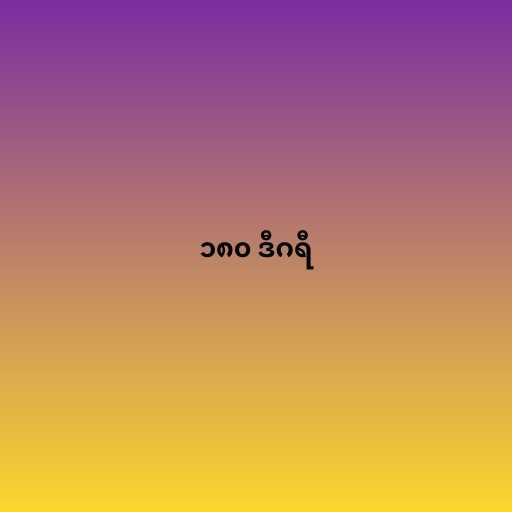
၁၈၀ ဒီဂရီ